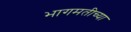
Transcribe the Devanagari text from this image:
भागमतीच्या